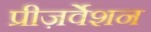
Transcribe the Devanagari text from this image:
प्रीज़र्वेशन